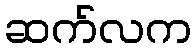
ဆက်လက